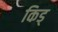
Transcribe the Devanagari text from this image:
किड्